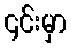
၄င်းမှာ